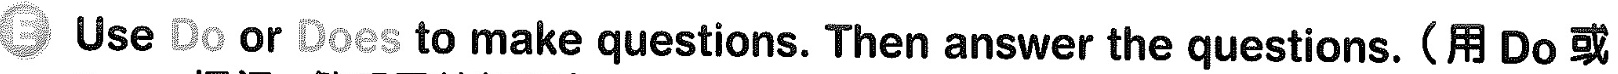
E Use Do or Does to make questions. Then answer the questions. (用 Do 或